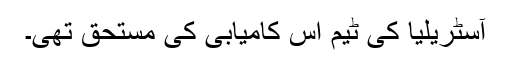
آسٹریلیا کی ٹیم اس کامیابی کی مستحق تھی۔